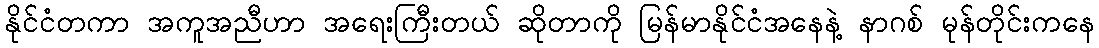
နိုင်ငံတကာ အကူအညီဟာ အရေးကြီးတယ် ဆိုတာကို မြန်မာနိုင်ငံအနေနဲ့ နာဂစ် မုန်တိုင်းကနေ